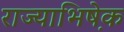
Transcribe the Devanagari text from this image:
राज्याभिषे़क